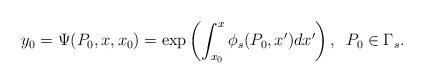
LaTeX: \begin{align*}y_0=\Psi(P_0,x,x_0)=\exp \left(\int_{x_0}^{x}{\phi_s(P_0,x')dx'} \right), \,\,\, P_0\in\Gamma_s .\end{align*}